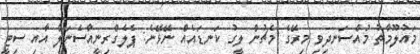
މައުލޫމާތު މުއްސަނދިވި މިރޭގެ މެޗުން ލީގު ކަނޑައެއް ނޭޅޭނެ: ޕެލެގްރިނީއާސެނަލް އާއި ސިޓީ